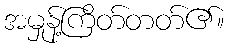
အမှုန့်ကြိတ်တတ်၏။